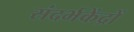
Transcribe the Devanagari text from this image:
संदर्भकेंद्रों